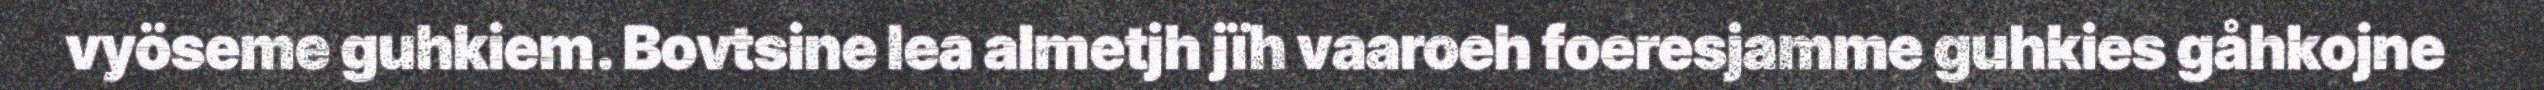
vyöseme guhkiem. Bovtsine lea almetjh jïh vaaroeh foeresjamme guhkies gåhkojne